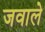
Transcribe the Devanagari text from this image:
जवाले